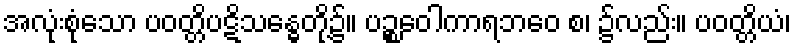
အလုံးစုံသော ပဝတ္တိပဋိသန္ဓေတို့၌။ ပဉ္စဝေါကာရဘဝေ စ၊ ၌လည်း။ ပဝတ္တိယံ၊